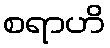
စရာဟိ